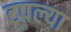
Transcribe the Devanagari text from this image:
टपल्या